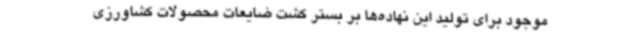
موجود برای تولید این نهاده‌ها بر بستر کشت ضایعات محصولات کشاورزی